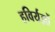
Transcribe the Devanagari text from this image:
हविर्यज्ञों